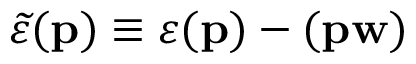
\ensuremath { \widetilde { \varepsilon } } ( \ensuremath { \mathbf { p } } ) \equiv \varepsilon ( \ensuremath { \mathbf { p } } ) - ( \ensuremath { \mathbf { p } } \ensuremath { \mathbf { w } } )